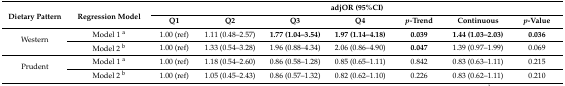
| <ROWSPAN=2> Dietary Pattern | <ROWSPAN=2> Regression Model | <COLSPAN=7> adjOR (95%CI) |
 | Q1 | Q2 | Q3 | Q4 | p-Trend | Continuous | p-Value |
 | --- | --- | --- | --- | --- | --- | --- | --- | --- |
 | <ROWSPAN=2> Western | Model 1 a | 1.00 (ref) | 1.11 (0.48–2.57) | 1.77 (1.04–3.54) | 1.97 (1.14–4.18) | 0.039 | 1.44 (1.03–2.03) | 0.036 |
 | Model 2 b | 1.00 (ref) | 1.33 (0.54–3.28) | 1.96 (0.88–4.34) | 2.06 (0.86–4.90) | 0.047 | 1.39 (0.97–1.99) | 0.069 |
 | <ROWSPAN=2> Prudent | Model 1 a | 1.00 (ref) | 1.18 (0.54–2.60) | 0.86 (0.58–1.28) | 0.85 (0.65–1.11) | 0.842 | 0.83 (0.63–1.11) | 0.215 |
 | Model 2 b | 1.00 (ref) | 1.05 (0.45–2.43) | 0.86 (0.57–1.32) | 0.82 (0.62–1.10) | 0.226 | 0.83 (0.62–1.11) | 0.210 |